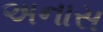
અનાસ